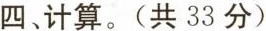
四、计算。(共33分)